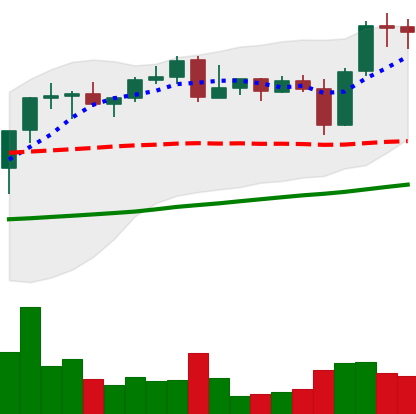
Ticker: BNB-USD
Chart end date: 2021-10-31
Forward return: 16.073%
Label: up_7plus